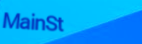
MainSt